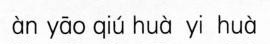
an yao qiu hua yi hua